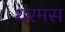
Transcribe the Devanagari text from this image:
थरमस